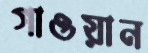
গাওয়ান